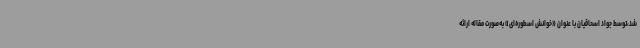
شد،توسط جواد اسحاقیان با عنوان «خوانش اسطوره‌ای» به‌صورت مقاله ارائه